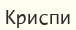
Криспи